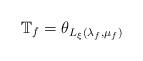
LaTeX: \begin{align*} \mathbb{T}_{f} = \theta_{L_{\xi}(\lambda_f,\mu_f)}\end{align*}